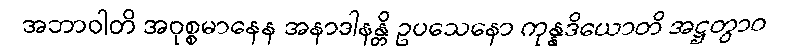
အဘာဝါတိ အဝုစ္စမာနေန အနာဒါနန္တိ ဥပသေနော ကုန္နဒိယောတိ အဋ္ဌတွာဝ